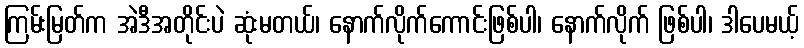
ကြမ်းမြတ်က အဲဒီအတိုင်းပဲ ဆုံးမတယ်၊ နောက်လိုက်ကောင်းဖြစ်ပါ၊ နောက်လိုက် ဖြစ်ပါ၊ ဒါပေမယ့်